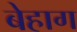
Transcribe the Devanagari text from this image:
बेहाग